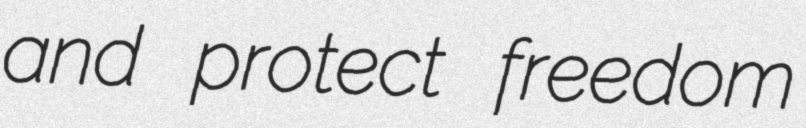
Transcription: and protect freedom